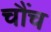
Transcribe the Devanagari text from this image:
चौंच